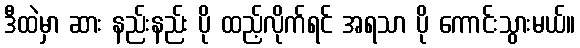
ဒီထဲမှာ ဆား နည်းနည်း ပို ထည့်လိုက်ရင် အရသာ ပို ကောင်းသွားမယ်။